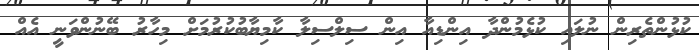
ކުޅުންތެރިން ނުލައި ކުޅެމުންދާ އިންޑިއާ އިން ސިލްސިލާ ކާމިޔާބުކުރުމަށް މިހާރު ބޭނުންވަނީ އެއް